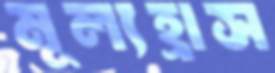
মূল্যহ্রাস